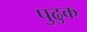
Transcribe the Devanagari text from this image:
पुढुक